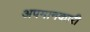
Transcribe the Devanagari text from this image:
अपमानकारी